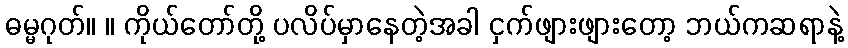
ဓမ္မဂုတ်။ ။ ကိုယ်တော်တို့ ပလိပ်မှာနေတဲ့အခါ ငှက်ဖျားဖျားတော့ ဘယ်ကဆရာနဲ့